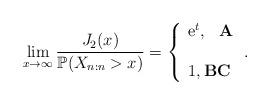
LaTeX: \begin{align*}\lim_{x\rightarrow \infty }\frac{J_{2}(x)}{\mathbb{P}(X_{n:n}>x)}=\left\{ \begin{array}{l}\mathrm{e}^{t},\,\,\,\,\mathbf{A} \\ \\ 1,\mathbf{B}\mathbf{C}\end{array}\right. . \end{align*}